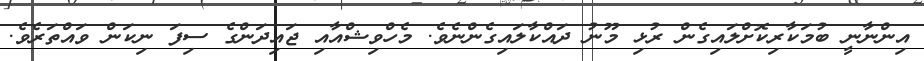
އިންނާނީ ބުމަކާރިކޮށްލައިގެން ރުޅި މޫނު ދައްކާލައިގެންނެވެ. މެހްވިޝްއާއި ޖައިދަންގެ ސިފަ ނިކަން ވައްތަރެވެ.